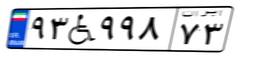
۹۳W۹۹۸۷۳